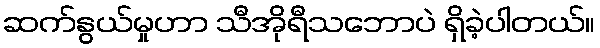
ဆက်နွယ်မှုဟာ သီအိုရီသဘောပဲ ရှိခဲ့ပါတယ်။